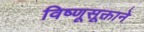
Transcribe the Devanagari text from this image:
विष्णूसूक्ताने